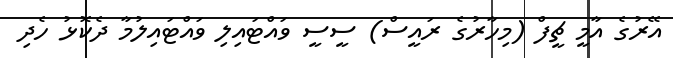
އޭރުގެ އާމީ ޗީފް (މިހާރުގެ ރައީސް) ސީސީ ވައްޓައިލި ވައްޓައިލުމާ ދެކޮޅު ހެދި